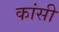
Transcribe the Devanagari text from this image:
कांसी